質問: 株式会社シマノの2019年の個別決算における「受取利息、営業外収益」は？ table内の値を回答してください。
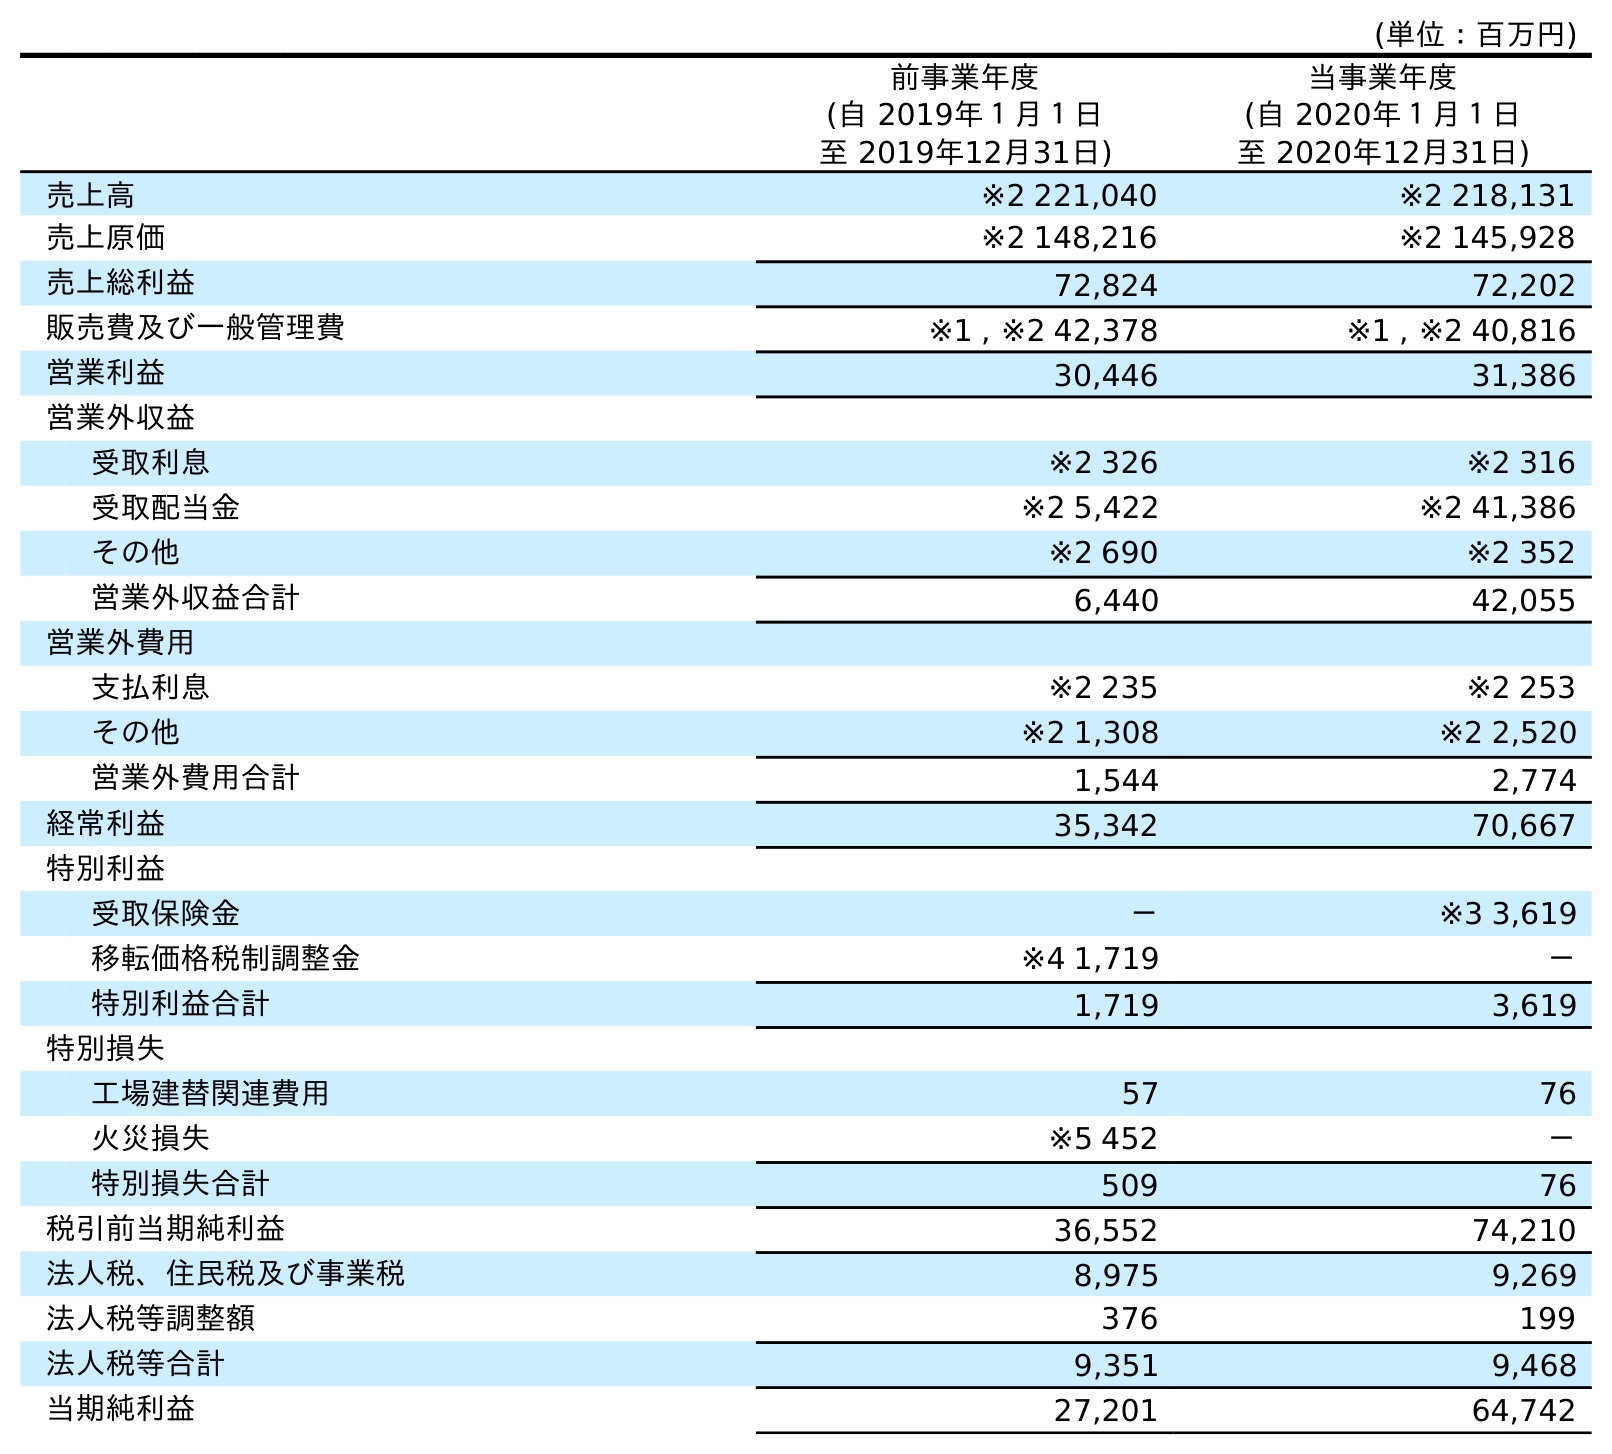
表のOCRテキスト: (単位：百万円) 前事業年度 (自 2019年１月１日 至 2019年12月31日) 当事業年度 (自 2020年１月１日 至 2020年12月31日) 売上高 ※2 221,040 ※2 218,131 売上原価 ※2 148,216 ※2 145,928 売上総利益 72,824 72,202 販売費及び一般管理費 ※1 , ※2 42,378 ※1 , ※2 40,816 営業利益 30,446 31,386 営業外収益 受取利息 ※2 326 ※2 316 受取配当金 ※2 5,422 ※2 41,386 その他 ※2 690 ※2 352 営業外収益合計 6,440 42,055 営業外費用 支払利息 ※2 235 ※2 253 その他 ※2 1,308 ※2 2,520 営業外費用合計 1,544 2,774 経常利益 35,342 70,667 特別利益 受取保険金 － ※3 3,619 移転価格税制調整金 ※4 1,719 － 特別利益合計 1,719 3,619 特別損失 工場建替関連費用 57 76 火災損失 ※5 452 － 特別損失合計 509 76 税引前当期純利益 36,552 74,210 法人税、住民税及び事業税 8,975 9,269 法人税等調整額 376 199 法人税等合計 9,351 9,468 当期純利益 27,201 64,742
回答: ※2326